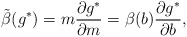
\begin{align*}\tilde \beta (g^*)=m {\partial g^* \over \partial m}=\beta(b){\partial g^* \over \partial b},\end{align*}